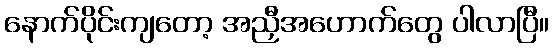
နောက်ပိုင်းကျတော့ အညှီအဟောက်တွေ ပါလာပြီ။